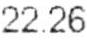
22.26